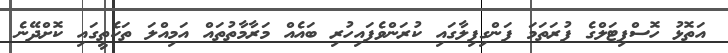
އަތޮޅު ހޮސްޕިޓަލްގެ ފުރަތަމަ ފަންގިފިލާގައި ކުރަންވެފައިހުރި ބައެއް މަރާމާތުތައް އަމިއްލަ ތަކެތީގައި ކޮށްދޭނެ